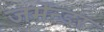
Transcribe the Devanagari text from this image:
जर्मेन्डर